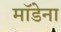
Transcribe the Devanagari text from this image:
मॉडेना